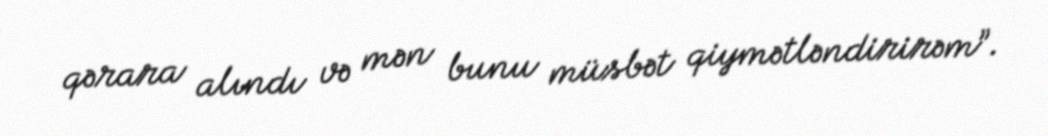
qərara alındı və mən bunu müsbət qiymətləndirirəm”.